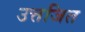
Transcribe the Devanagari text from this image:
उत्तजित